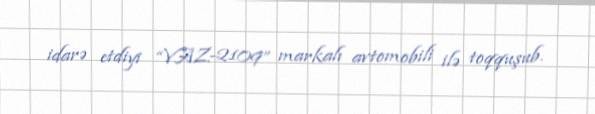
idarə etdiyi “VAZ-2109” markalı avtomobili ilə toqquşub.